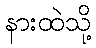
နားထဲသို့